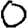
Digit: 0